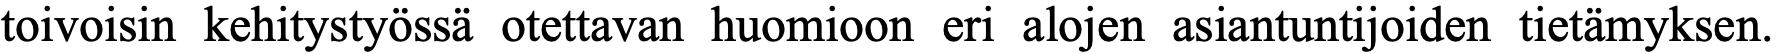
toivoisin kehitystyössä otettavan huomioon eri alojen asiantuntijoiden tietämyksen.